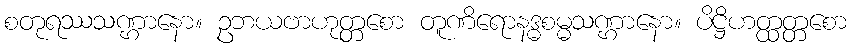
စတုရဿသဏ္ဌာနော။ ဥဘယဗာဟုတ္တစော တူဏိရောနဒ္ဓစမ္မသဏ္ဌာနော။ ပိဋ္ဌိဟတ္ထတ္တစော